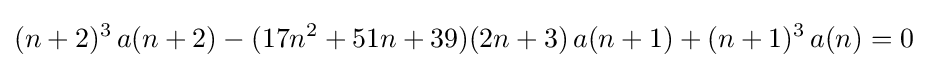
(n+2)^{3}\,a(n+2)-(17n^{2}+51n+39)(2n+3)\,a(n+1)+(n+1)^{3}\,a(n)=0